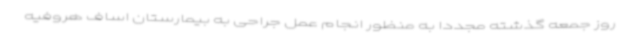
روز جمعه گذشته مجددا به منظور انجام عمل جراحی به بیمارستان اساف هروفیه